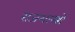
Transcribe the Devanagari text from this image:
राजशास्त्रों